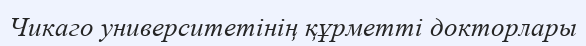
Чикаго университетінің құрметті докторлары